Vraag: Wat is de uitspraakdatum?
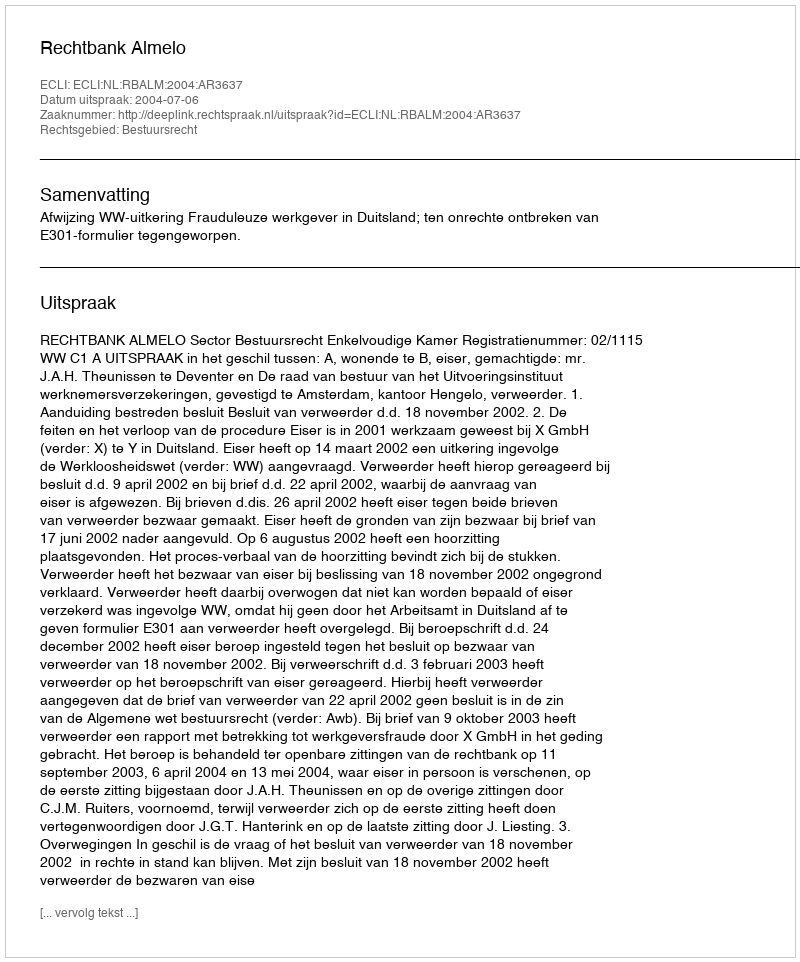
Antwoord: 2004-07-06